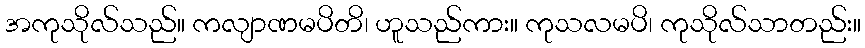
အကုသိုလ်သည်။ ကလျာဏမပိတိ၊ ဟူသည်ကား။ ကုသလမပိ၊ ကုသိုလ်သာတည်း။